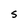
Character: S